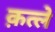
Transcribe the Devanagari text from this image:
क़त्ले